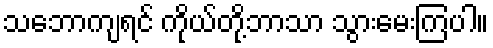
သဘောကျရင် ကိုယ်တို့ဘာသာ သွားမေးကြပါ။